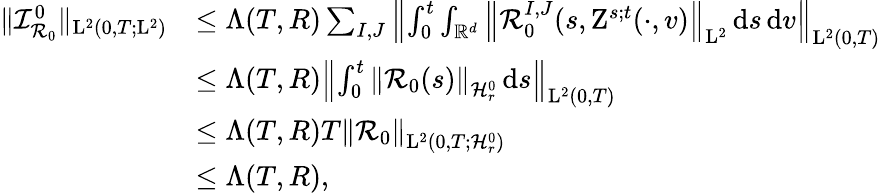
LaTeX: \begin{array}{rl}{\Vert\mathcal{I}_{\mathcal{R}_{0}}^{0}\Vert_{\mathrm{L}^{2}(0,T;\mathrm{L}^{2})}}&{\leq\Lambda(T,R)\sum_{I,J}\left\Vert\int_{0}^{t}\int_{\mathbb R^{d}}\left\Vert\mathcal{R}_{0}^{I,J}(s,\mathrm{Z}^{s;t}(\cdot,v)\right\Vert_{\mathrm{L}^{2}}\, \mathrm{d}s\, \mathrm{d}v\right\Vert_{\mathrm{L}^{2}(0,T)}}\\ &{\leq\Lambda(T,R)\left\Vert\int_{0}^{t}\left\Vert\mathcal{R}_{0}(s)\right\Vert_{\mathcal{H}_{r}^{0}}\, \mathrm{d}s\right\Vert_{\mathrm{L}^{2}(0,T)}}\\ &{\leq\Lambda(T,R)T\left\Vert\mathcal{R}_{0}\right\Vert_{\mathrm{L}^{2}(0,T;\mathcal{H}_{r}^{0})}}\\ &{\leq\Lambda(T,R),}\end{array}